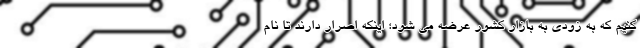
کنیم که به زودی به بازار کشور عرضه می شود؛ اینکه اصرار دارند تا نام